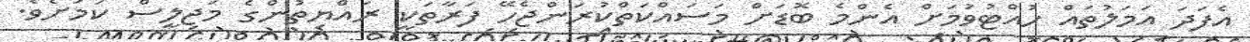
އެފަދަ އަމަލުތައް ހުއްޓުވުމަށް އެންމެ ބޮޑަށް މަސައްކަތްކުރަންޖެހޭ ފަރާތަކީ ރައްޔިތުންގެ މަޖިލީސް ކަމަށެވެ.